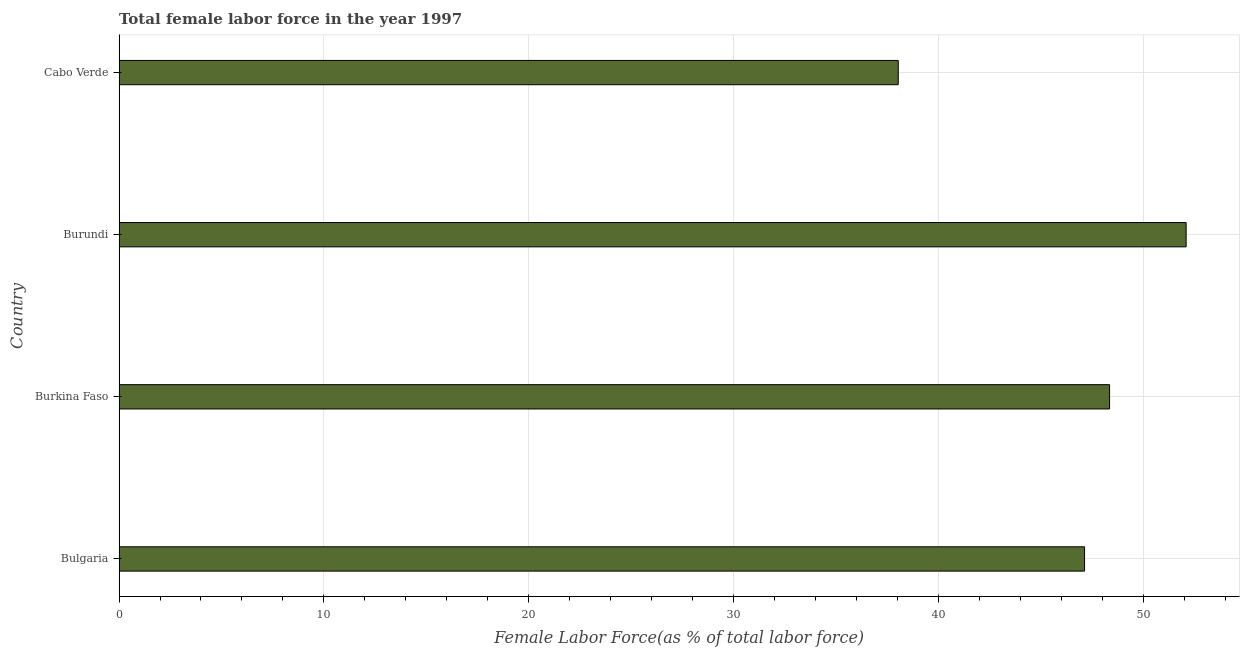
| Country | Female Labor force |
 | --- | --- |
 | Bulgaria | 47.1 |
 | Burkina Faso | 48.4 |
 | Burundi | 52.1 |
 | Cabo Verde | 38 |